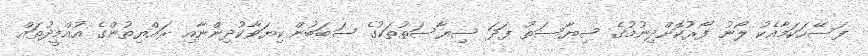
ފަސޭހަކަމާއެކު ލޯނު ފޯރުކޮށްދިނުމުގެ ސިޔާސަތު ފަދަ ސިޔާސަތުތަކުގެ ސަބަބުން ކިޔަވާކުދިންނާއި ރައްޔިތުންގެ އުއްމީދުތައް